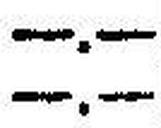
—.—